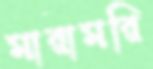
মারামরি